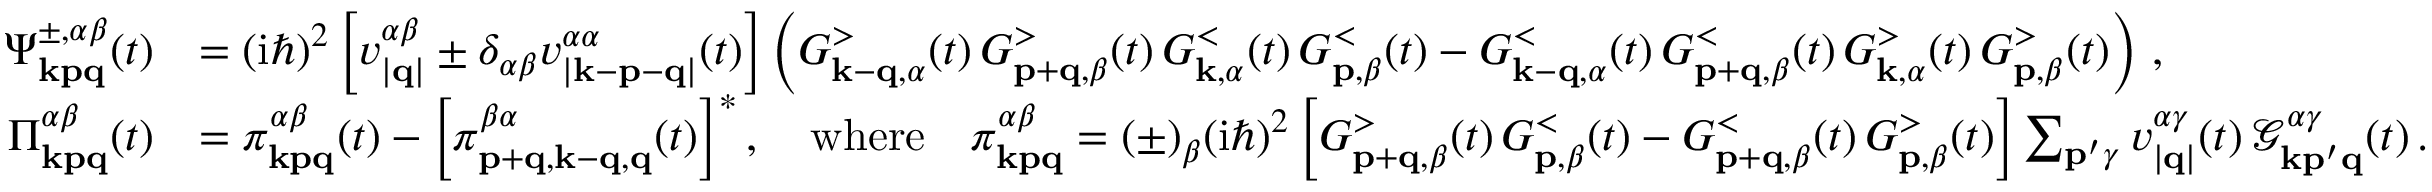
\begin{array} { r l } { \Psi _ { \mathbf { k p q } } ^ { \pm , \alpha \beta } ( t ) } & { = ( \mathrm { i } \hbar ) ^ { 2 } \left[ v _ { | \mathbf { q } | } ^ { \alpha \beta } \pm \delta _ { \alpha \beta } v _ { | \mathbf { k } - \mathbf { p } - \mathbf { q } | } ^ { \alpha \alpha } ( t ) \right] \left( G _ { \mathbf { k } - \mathbf { q } , \alpha } ^ { > } ( t ) \, G _ { \mathbf { p } + \mathbf { q } , \beta } ^ { > } ( t ) \, G _ { \mathbf { k } , \alpha } ^ { < } ( t ) \, G _ { \mathbf { p } , \beta } ^ { < } ( t ) - G _ { \mathbf { k } - \mathbf { q } , \alpha } ^ { < } ( t ) \, G _ { \mathbf { p } + \mathbf { q } , \beta } ^ { < } ( t ) \, G _ { \mathbf { k } , \alpha } ^ { > } ( t ) \, G _ { \mathbf { p } , \beta } ^ { > } ( t ) \right) \, , } \\ { \Pi _ { \mathbf { k p q } } ^ { \alpha \beta } ( t ) } & { = \pi _ { \mathbf { k p q } } ^ { \alpha \beta } ( t ) - \left[ \pi _ { \mathbf { p } + \mathbf { q } , \mathbf { k } - \mathbf { q } , \mathbf { q } } ^ { \beta \alpha } ( t ) \right] ^ { * } , \quad \mathrm { w h e r e } \quad \pi _ { \mathbf { k p q } } ^ { \alpha \beta } = ( \pm ) _ { \beta } ( \mathrm { i } \hbar ) ^ { 2 } \left[ G _ { \mathbf { p } + \mathbf { q } , \beta } ^ { > } ( t ) \, G _ { \mathbf { p } , \beta } ^ { < } ( t ) - G _ { \mathbf { p } + \mathbf { q } , \beta } ^ { < } ( t ) \, G _ { \mathbf { p } , \beta } ^ { > } ( t ) \right] \sum _ { \mathbf { p } ^ { \prime } \gamma } v _ { | \mathbf { q } | } ^ { \alpha \gamma } ( t ) \, \mathcal { G } _ { \mathbf { k } \mathbf { p } ^ { \prime } \mathbf { q } } ^ { \alpha \gamma } ( t ) \, . } \end{array}